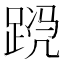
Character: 𬦴